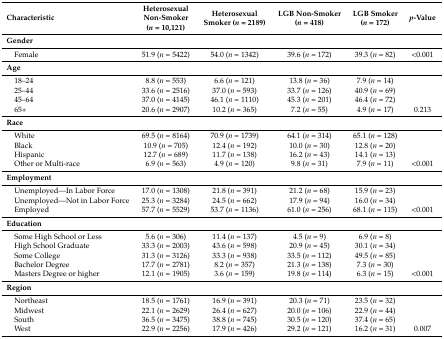
<table><thead><tr><td><b>Characteristic</b></td><td><b>Heterosexual Non-Smoker (<i>n</i> = 10,121)</b></td><td><b>Heterosexual Smoker (<i>n</i> = 2189)</b></td><td><b>LGB Non-Smoker (<i>n</i> = 418)</b></td><td><b>LGB Smoker (<i>n</i> = 172)</b></td><td><b><i>p</i>-Value</b></td></tr></thead><tbody><tr><td><b>Gender</b></td><td></td><td></td><td></td><td></td><td></td></tr><tr><td> Female</td><td>51.9 (<i>n</i> = 5422)</td><td>54.0 (<i>n</i> = 1342)</td><td>39.6 (<i>n</i> = 172)</td><td>39.3 (<i>n</i> = 82)</td><td>&lt;0.001</td></tr><tr><td><b>Age</b></td><td></td><td></td><td></td><td></td><td></td></tr><tr><td> 18–24</td><td>8.8 (<i>n</i> = 553)</td><td>6.6 (<i>n</i> = 121)</td><td>13.8 (<i>n</i> = 36)</td><td>7.9 (<i>n</i> = 14)</td><td></td></tr><tr><td> 25–44</td><td>33.6 (<i>n</i> = 2516)</td><td>37.0 (<i>n</i> = 593)</td><td>33.7 (<i>n</i> = 126)</td><td>40.9 (<i>n</i> = 69)</td><td></td></tr><tr><td> 45–64</td><td>37.0 (<i>n</i> = 4145)</td><td>46.1 (<i>n</i> = 1110)</td><td>45.3 (<i>n</i> = 201)</td><td>46.4 (<i>n</i> = 72)</td><td></td></tr><tr><td> 65+</td><td>20.6 (<i>n</i> = 2907)</td><td>10.2 (<i>n</i> = 365)</td><td>7.2 (<i>n</i> = 55)</td><td>4.9 (<i>n</i> = 17)</td><td>0.213</td></tr><tr><td><b>Race</b></td><td></td><td></td><td></td><td></td><td></td></tr><tr><td> White</td><td>69.5 (<i>n</i> = 8164)</td><td>70.9 (<i>n</i> = 1739)</td><td>64.1 (<i>n</i> = 314)</td><td>65.1 (<i>n</i> = 128)</td><td></td></tr><tr><td> Black</td><td>10.9 (<i>n</i> = 705)</td><td>12.4 (<i>n</i> = 192)</td><td>10.0 (<i>n</i> = 30)</td><td>12.8 (<i>n</i> = 20)</td><td></td></tr><tr><td> Hispanic</td><td>12.7 (<i>n</i> = 689)</td><td>11.7 (<i>n</i> = 138)</td><td>16.2 (<i>n</i> = 43)</td><td>14.1 (<i>n</i> = 13)</td><td></td></tr><tr><td> Other or Multi-race</td><td>6.9 (<i>n</i> = 563)</td><td>4.9 (<i>n</i> = 120)</td><td>9.8 (<i>n</i> = 31)</td><td>7.9 (<i>n</i> = 11)</td><td>&lt;0.001</td></tr><tr><td><b>Employment</b></td><td></td><td></td><td></td><td></td><td></td></tr><tr><td> Unemployed—In Labor Force</td><td>17.0 (<i>n</i> = 1308)</td><td>21.8 (<i>n</i> = 391)</td><td>21.2 (<i>n</i> = 68)</td><td>15.9 (<i>n</i> = 23)</td><td></td></tr><tr><td> Unemployed—Not in Labor Force</td><td>25.3 (<i>n</i> = 3284)</td><td>24.5 (<i>n</i> = 662)</td><td>17.9 (<i>n</i> = 94)</td><td>16.0 (<i>n</i> = 34)</td><td></td></tr><tr><td> Employed</td><td>57.7 (<i>n</i> = 5529)</td><td>53.7 (<i>n</i> = 1136)</td><td>61.0 (<i>n</i> = 256)</td><td>68.1 (<i>n</i> = 115)</td><td>&lt;0.001</td></tr><tr><td><b>Education</b></td><td></td><td></td><td></td><td></td><td></td></tr><tr><td> Some High School or Less</td><td>5.6 (<i>n</i> = 306)</td><td>11.4 (<i>n</i> = 137)</td><td>4.5 (<i>n</i> = 9)</td><td>6.9 (<i>n</i> = 8)</td><td></td></tr><tr><td> High School Graduate</td><td>33.3 (<i>n</i> = 2003)</td><td>43.6 (<i>n</i> = 598)</td><td>20.9 (<i>n</i> = 45)</td><td>30.1 (<i>n</i> = 34)</td><td></td></tr><tr><td> Some College</td><td>31.3 (<i>n</i> = 3126)</td><td>33.3 (<i>n</i> = 938)</td><td>33.5 (<i>n</i> = 112)</td><td>49.5 (<i>n</i> = 85)</td><td></td></tr><tr><td> Bachelor Degree</td><td>17.7 (<i>n</i> = 2781)</td><td>8.2 (<i>n</i> = 357)</td><td>21.3 (<i>n</i> = 138)</td><td>7.3 (<i>n</i> = 30)</td><td></td></tr><tr><td> Masters Degree or higher</td><td>12.1 (<i>n</i> = 1905)</td><td>3.6 (<i>n</i> = 159)</td><td>19.8 (<i>n</i> = 114)</td><td>6.3 (<i>n</i> = 15)</td><td>&lt;0.001</td></tr><tr><td><b>Region</b></td><td></td><td></td><td></td><td></td><td></td></tr><tr><td> Northeast</td><td>18.5 (<i>n</i> = 1761)</td><td>16.9 (<i>n</i> = 391)</td><td>20.3 (<i>n</i> = 71)</td><td>23.5 (<i>n</i> = 32)</td><td></td></tr><tr><td> Midwest</td><td>22.1 (<i>n</i> = 2629)</td><td>26.4 (<i>n</i> = 627)</td><td>20.0 (<i>n</i> = 106)</td><td>22.9 (<i>n</i> = 44)</td><td></td></tr><tr><td> South</td><td>36.5 (<i>n</i> = 3475)</td><td>38.8 (<i>n</i> = 745)</td><td>30.5 (<i>n</i> = 120)</td><td>37.4 (<i>n</i> = 65)</td><td></td></tr><tr><td> West</td><td>22.9 (<i>n</i> = 2256)</td><td>17.9 (<i>n</i> = 426)</td><td>29.2 (<i>n</i> = 121)</td><td>16.2 (<i>n</i> = 31)</td><td>0.007</td></tr></tbody></table>